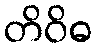
တိဝိဓ